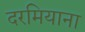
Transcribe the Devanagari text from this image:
दरमियाना